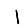
Digit: 1